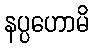
နပ္ပဟောမိ